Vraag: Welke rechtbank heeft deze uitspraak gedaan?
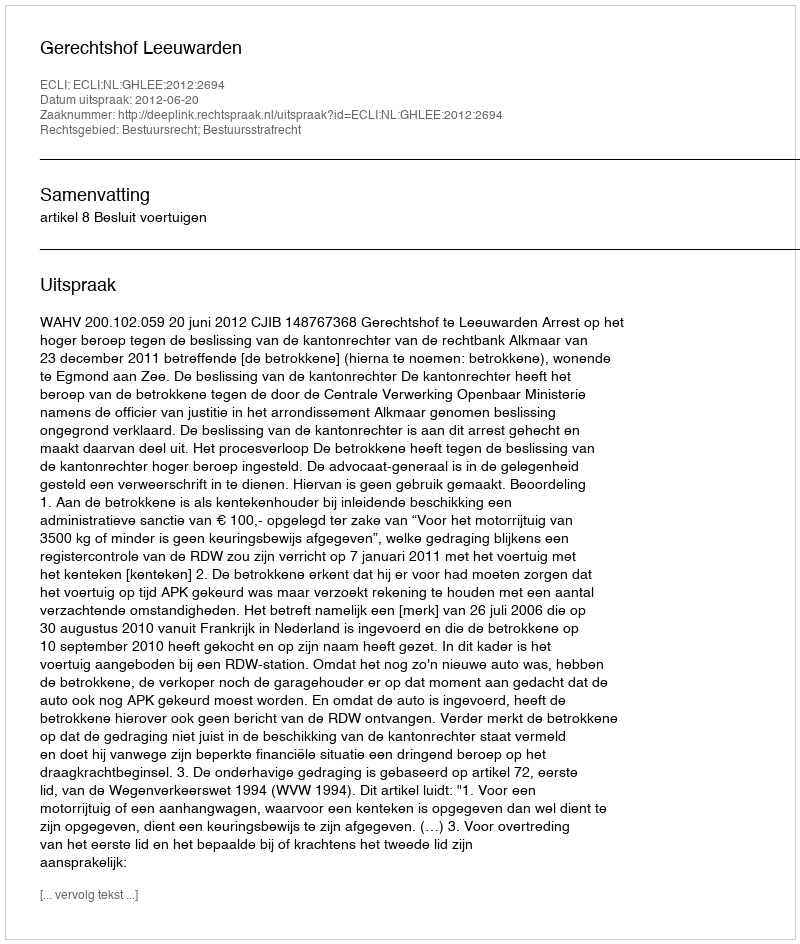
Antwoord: Gerechtshof Leeuwarden